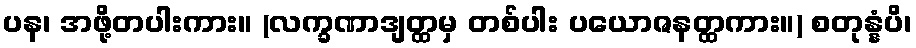
ပန၊ အဖို့တပါးကား။ (လက္ခဏာဒျတ္ထမှ တစ်ပါး ပယောဇနတ္ထကား။) စတုန္နံပိ၊